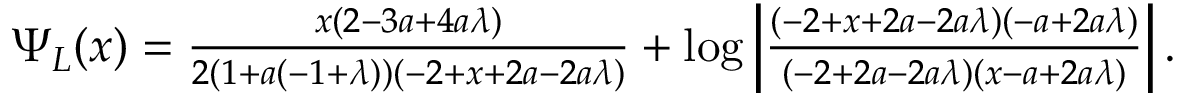
\begin{array} { r } { \Psi _ { L } ( x ) = \frac { x ( 2 - 3 a + 4 a \lambda ) } { 2 ( 1 + a ( - 1 + \lambda ) ) ( - 2 + x + 2 a - 2 a \lambda ) } + \log \left| \frac { ( - 2 + x + 2 a - 2 a \lambda ) ( - a + 2 a \lambda ) } { ( - 2 + 2 a - 2 a \lambda ) ( x - a + 2 a \lambda ) } \right| . } \end{array}